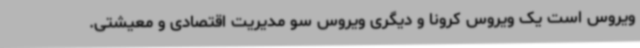
ویروس است یک ویروس کرونا و دیگری ویروس سو مدیریت اقتصادی و معیشتی.